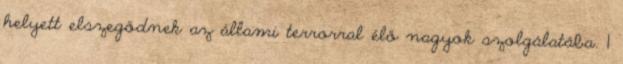
helyett elszegődnek az állami terrorral élő nagyok szolgálatába. 1